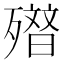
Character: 𭮢